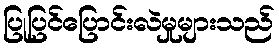
ပြုပြင်ပြောင်းလဲမှုများသည်